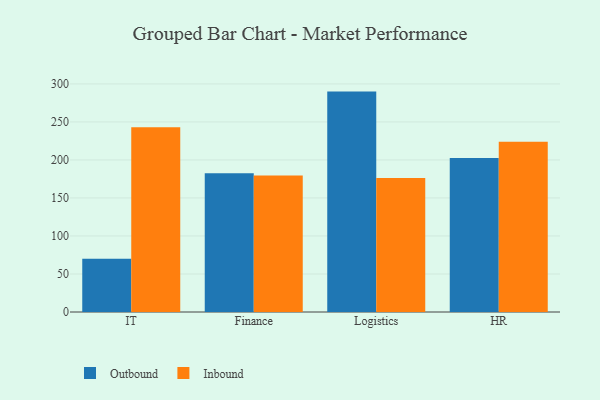
{"axis": {"x": "Department", "y": "Production Output"}, "legend": ["Inbound", "Outbound"], "data": [{"x": "IT", "y": 70.0, "type": "Outbound"}, {"x": "IT", "y": 243.1, "type": "Inbound"}, {"x": "Finance", "y": 182.4, "type": "Outbound"}, {"x": "Finance", "y": 179.6, "type": "Inbound"}, {"x": "Logistics", "y": 289.9, "type": "Outbound"}, {"x": "Logistics", "y": 176.3, "type": "Inbound"}, {"x": "HR", "y": 202.5, "type": "Outbound"}, {"x": "HR", "y": 224.1, "type": "Inbound"}]}